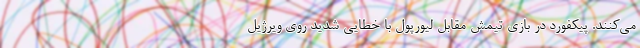
می‌کنند. پیکفورد در بازی تیمش مقابل لیورپول با خطایی شدید روی ویرژیل